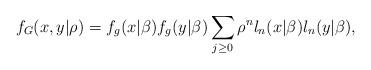
LaTeX: \begin{align*}f_{G}(x,y|\rho )=f_{g}(x|\beta )f_{g}(y|\beta )\sum_{j\geq 0}\rho^{n}l_{n}(x|\beta )l_{n}(y|\beta ), \end{align*}